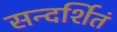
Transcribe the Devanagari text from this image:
सन्दर्शितं